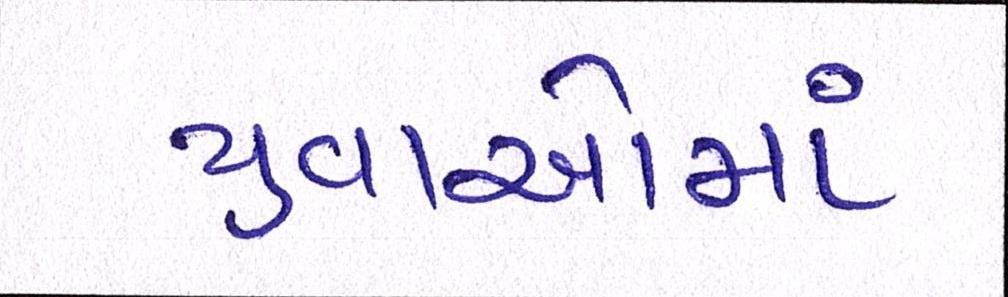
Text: યુવાઓમાં